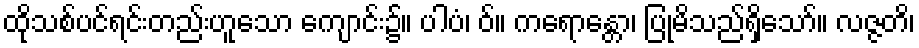
ထိုသစ်ပင်ရင်းတည်းဟူသော ကျောင်း၌။ ပါပံ၊ ဝ်။ ကရောန္တော၊ ပြုမိသည်ရှိသော်။ လဇ္ဇတိ၊